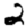
Digit: 2